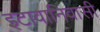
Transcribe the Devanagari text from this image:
इटावानिवासी